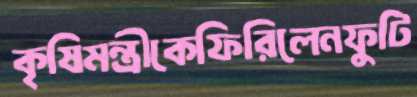
কৃষিমন্ত্রীকেফিরিলেনফুটি